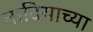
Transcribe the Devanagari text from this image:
नादियाच्या